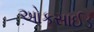
ઓકસાઈડ